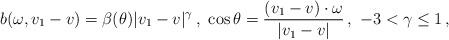
LaTeX: \begin{align*}\begin{aligned}b (\omega, v_1 - v) = \beta (\theta) |v_1 - v|^\gamma \,, \ \cos \theta = \frac{(v_1 - v) \cdot \omega}{|v_1 - v|} \,, \ -3 < \gamma \leq 1 \,,\end{aligned}\end{align*}